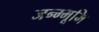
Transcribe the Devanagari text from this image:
जन्म्भूमि